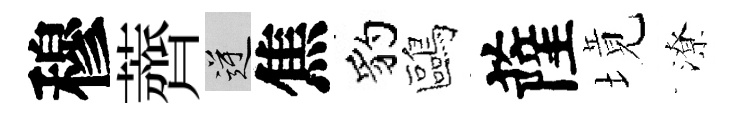
穆薺逆焦豹鷗薩境潦